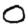
Digit: 0